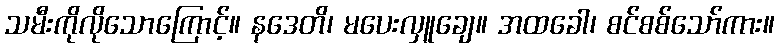
သမီးကိုလိုသောကြောင့်။ နဒေတိ၊ မပေးလှူချေ။ အထခေါ၊ စင်စစ်သော်ကား။